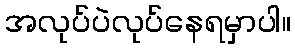
အလုပ်ပဲလုပ်နေရမှာပါ။